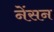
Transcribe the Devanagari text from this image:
नेंसन